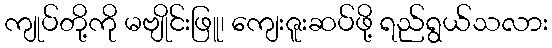
ကျုပ်တို့ကို မဗျိုင်းဖြူ၊ ကျေးဇူးဆပ်ဖို့ ရည်ရွယ်သလား